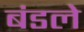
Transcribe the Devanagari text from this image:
बंडले